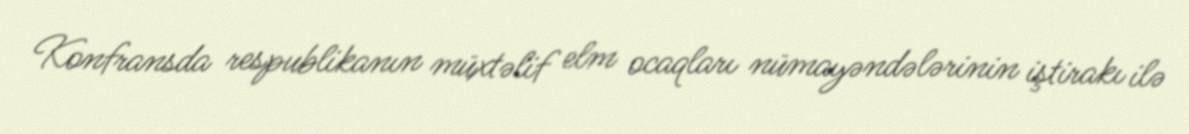
Konfransda respublikanın müxtəlif elm ocaqları nümayəndələrinin iştirakı ilə